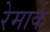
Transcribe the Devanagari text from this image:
रेमार्क